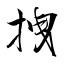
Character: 拽